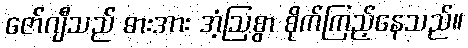
ဇော်ဂျီသည် ဓားအား အံ့ဩစွာ စိုက်ကြည့်နေသည်။